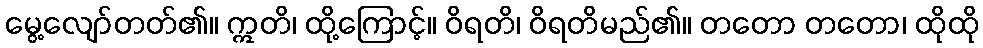
မွေ့လျော်တတ်၏။ ဣတိ၊ ထို့ကြောင့်။ ဝိရတိ၊ ဝိရတိမည်၏။ တတော တတော၊ ထိုထို